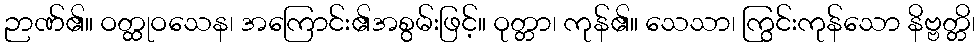
ဉာဏ်၏။ ဝတ္ထုဝသေန၊ အကြောင်း၏အစွမ်းဖြင့်။ ဝုတ္တာ၊ ကုန်၏။ သေသာ၊ ကြွင်းကုန်သော နိဗ္ဗတ္တိ၊